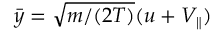
\bar { y } = \sqrt { m / ( 2 T ) } ( u + V _ { \parallel } )